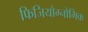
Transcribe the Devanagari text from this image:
फिजियोग्नोमिक